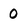
Character: o